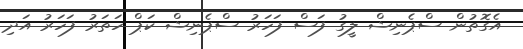
އެގޮތުން ސްޕެނިޝް ލީގު ފަސް ފަހަރު ސްޕެނިޝް ކަޕް ހަތަރު ފަހަރު އަދި